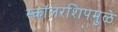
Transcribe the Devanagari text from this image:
स्कॉलरशिपमुळे